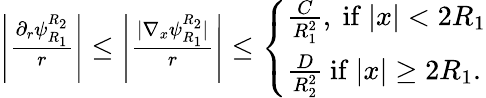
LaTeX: \begin{array}{r}{\left|\frac{\partial_{r}\psi_{R_{1}}^{R_{2}}}{r}\right|\leq\left|\frac{|\nabla_{x}\psi_{R_{1}}^{R_{2}}|}{r}\right|\leq\left\{ \begin{array}{ll}{\frac{C}{R_{1}^{2}},\mathrm{~if~}|x|<2R_{1}}\\ {\frac{D}{R_{2}^{2}}\mathrm{~if~}|x|\geq 2R_{1}.}\end{array}\right.}\end{array}